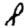
Digit: 8